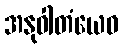
အနုဝါတံယေဝ